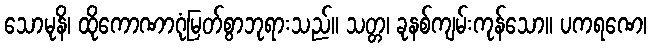
သောမုနိ၊ ထိုကောဏာဂုံမြတ်စွာဘုရားသည်။ သတ္တ၊ ခုနစ်ကျမ်းကုန်သော။ ပကရဏေ၊